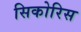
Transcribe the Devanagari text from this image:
सिकोरिस